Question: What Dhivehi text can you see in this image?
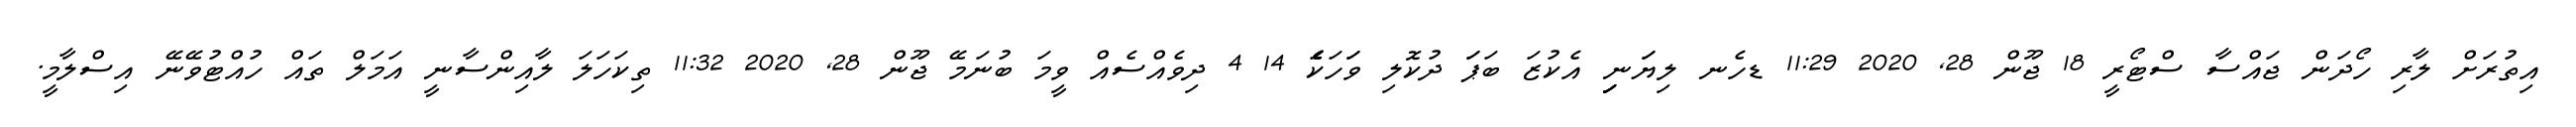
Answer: އިތުރަށް ލާރި ހޯދަން ޖައްސާ ސްޓޯރީ 18 ޖޫން 28, 2020 11:29 ޑހެނ ލިޔަަނިިިިި އެކުޒަ ބަޕަަ ދުކޮލި ވަަހަކަެެެ 14 4 ދިވެއްސެއް ވީމަ ބުނަމޭ ޖޫން 28, 2020 11:32 ތިކަހަލަ ލާއިންސާނީ އަމަލް ތައް ހުއްޓުވޭނޭ އިސްލާމީ.